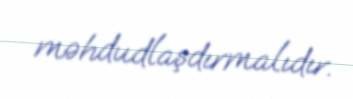
məhdudlaşdırmalıdır.